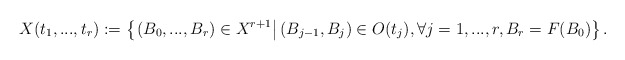
\begin{align*} X(t_{1},...,t_{r}):=\left\{\left.(B_0,...,B_r)\in X^{r+1}\right|(B_{j-1},B_j)\in O(t_{j}), \forall j=1,...,r, B_r=F(B_0)\right\}. \end{align*}